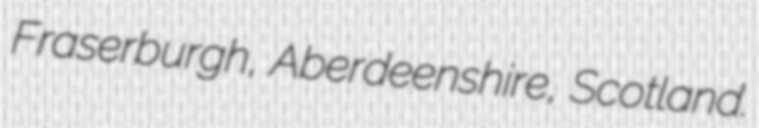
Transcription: Fraserburgh, Aberdeenshire, Scotland.